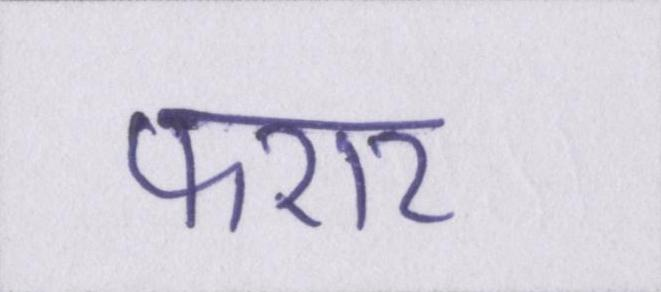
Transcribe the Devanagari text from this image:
फरार